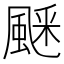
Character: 𩗞